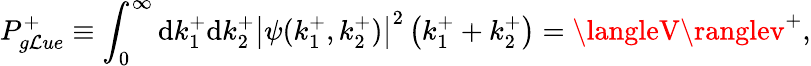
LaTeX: P_{g\mathcal{L}ue}^{+}\equiv\int_{0}^{\infty}\mathrm{d}k_{1}^{+}\mathrm{d}k_{2}^{+}\left|\psi(k_{1}^{+},k_{2}^{+})\right|^{2}\left(k_{1}^{+}+k_{2}^{+}\right)=\langleV\ranglev^{+},